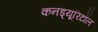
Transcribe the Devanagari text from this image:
कनड्यूरिटॉल